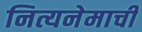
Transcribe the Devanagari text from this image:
नित्यनेमाची